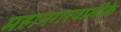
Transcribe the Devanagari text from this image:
महानगरपालीके